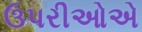
ઉપરીઓએ